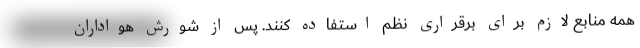
همه منابع لازم برای برقراری نظم استفاده کنند. پس از شورش هواداران